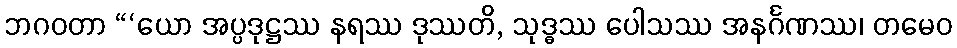
ဘဂဝတာ “‘ယော အပ္ပဒုဋ္ဌဿ နရဿ ဒုဿတိ, သုဒ္ဓဿ ပေါသဿ အနင်္ဂဏဿ၊ တမေဝ